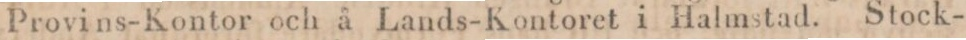
Provins-Kontor och å Lands-Kontoret i Halmstad. Stock-